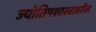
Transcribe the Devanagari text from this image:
ज्योतिषशास्त्रावरील